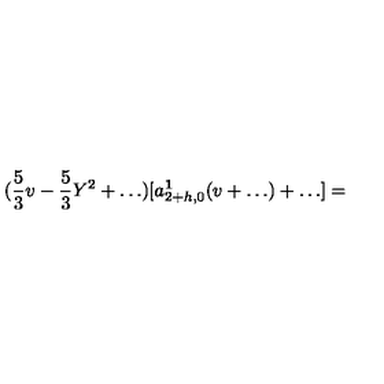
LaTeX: ( \frac { 5 } { 3 } v - \frac { 5 } { 3 } Y ^ { 2 } + \ldots ) [ a _ { 2 + h , 0 } ^ { \bf 1 } ( v + \ldots ) + \ldots ] =